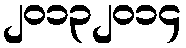
၂၀၁၃၂၀၁၄